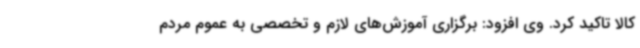
کالا تاکید کرد. وی افزود: برگزاری آموزش‌های لازم و تخصصی به عموم مردم